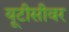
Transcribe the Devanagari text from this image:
यूटीसीवर